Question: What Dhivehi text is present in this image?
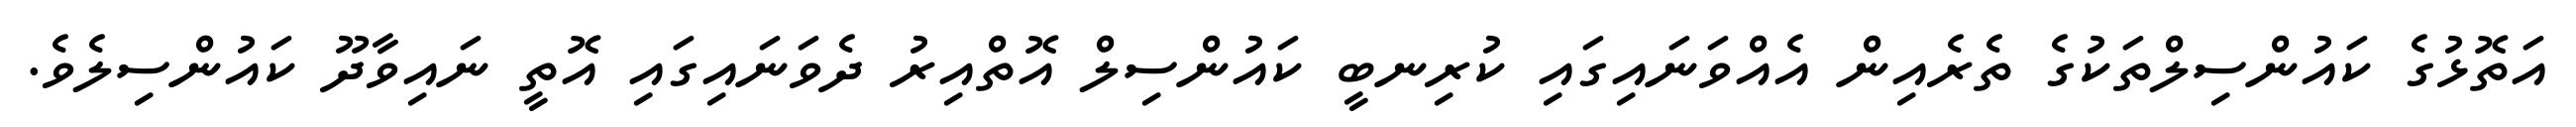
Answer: އަތޮޅުގެ ކައުންސިލްތަކުގެ ތެރެއިން އެއްވަނައިގައި ކުރިނބީ ކައުންސިލް އޮތްއިރު ދެވަނައިގައި އޮތީ ނައިވާދޫ ކައުންސިލެވެ.